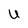
Character: U